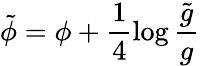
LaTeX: \tilde{\phi}=\phi+\frac{1}{4}\log\frac{\tilde{g}}{g}